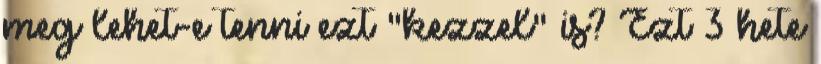
meg lehet-e tenni ezt "kezzel" is? Ezt 3 hete